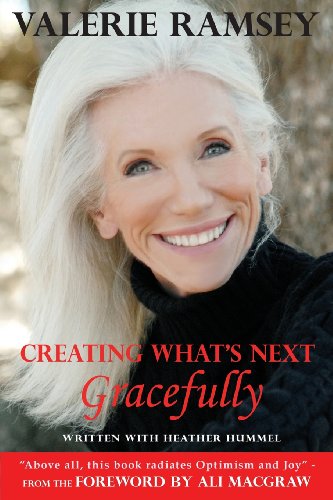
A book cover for Creating What's Next: Gracefully; Valerie Ramsey; Health, Fitness & Dieting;